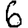
Digit: 6